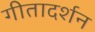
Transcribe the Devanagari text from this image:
गीतादर्शन